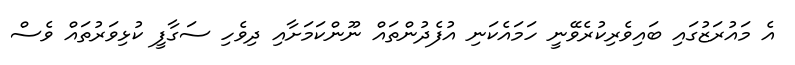
އެ މައުރަޒުގައި ބައިވެރިކުރެވޭނީ ހަމައެކަނި އުފެދުންތައް ނޫންކަަމަށާއި ދިވެހި ސަގާފީ ކުޅިވަރުތައް ވެސް